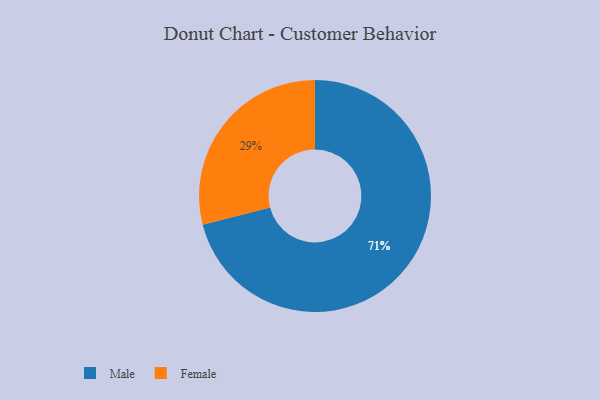
{"axis": {"x": "Category", "y": "Percentage"}, "legend": ["Female", "Male"], "data": [{"x": "Female", "y": 29, "type": "Female"}, {"x": "Male", "y": 71, "type": "Male"}]}